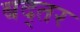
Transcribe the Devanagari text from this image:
बद्तर